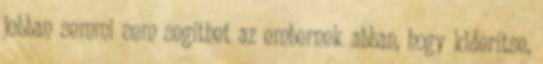
jobban semmi sem segíthet az embernek abban, hogy kiderítse,